Civil Veterinary Department ledger series I-VI
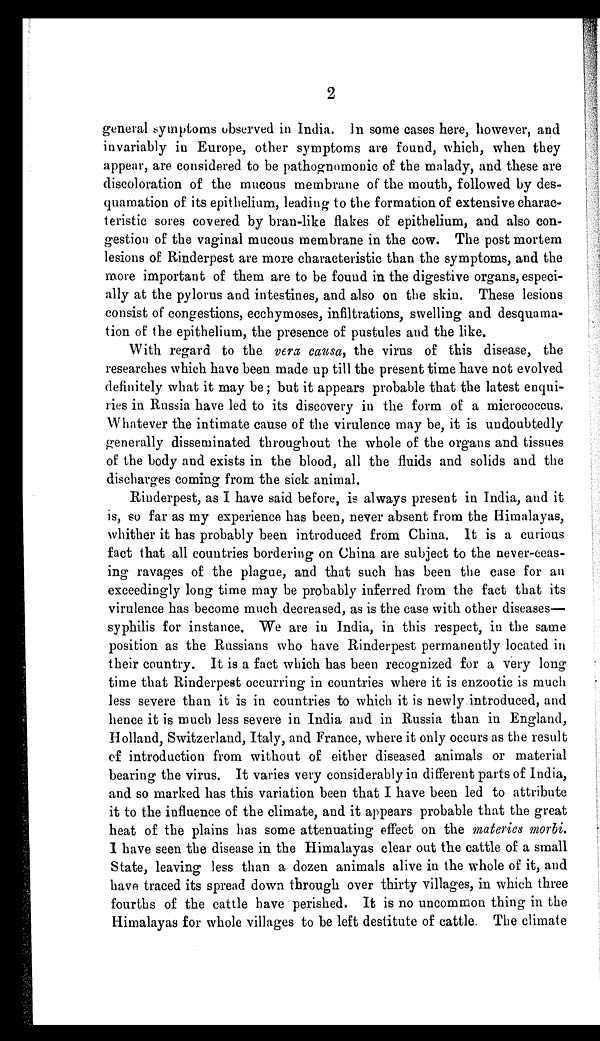
2
general symptoms observed in India. In some cases here, however, and
invariably in Europe, other symptoms are found, which, when they
appear, are considered to be pathognomonic of the malady, and these are
discoloration of the mucous membrane of the mouth, followed by des-
quamation of its epithelium, leading to the formation of extensive charac-
teristic sores covered by bran-like flakes of epithelium, and also con-
gestion of the vaginal mucous membrane in the cow. The post mortem
lesions of Rinderpest are more characteristic than the symptoms, and the
more important of them are to be found in the digestive organs, especi-
ally at the pylorus and intestines, and also on the skin. These lesions
consist of congestions, ecchymoses, infiltrations, swelling and desquama-
tion of the epithelium, the presence of pustules and the like.
With regard to the vera causa, the virus of this disease, the
researches which have been made up till the present time have not evolved
definitely what it may be; but it appears probable that the latest enqui-
ries in Russia have led to its discovery in the form of a micrococcus.
Whatever the intimate cause of the virulence may be, it is undoubtedly
generally disseminated throughout the whole of the organs and tissues
of the body and exists in the blood, all the fluids and solids and the
discharges coming from the sick animal.
Rinderpest, as I have said before, is always present in India, and it
is, so far as my experience has been, never absent from the Himalayas,
whither it has probably been introduced from China. It is a curious
fact that all countries bordering on China are subject to the never-ceas-
ing ravages of the plague, and that such has been the case for an
exceedingly long time may be probably inferred from the fact that its
virulence has become much decreased, as is the case with other diseases—
syphilis for instance. We are in India, in this respect, in the same
position as the Russians who have Rinderpest permanently located in
their country. It is a fact which has been recognized for a very long
time that Rinderpest occurring in countries where it is enzootic is much
less severe than it is in countries to which it is newly introduced, and
hence it is much less severe in India and in Russia than in England,
Holland, Switzerland, Italy, and France, where it only occurs as the result
of introduction from without of either diseased animals or material
bearing the virus. It varies very considerably in different parts of India,
and so marked has this variation been that I have been led to attribute
it to the influence of the climate, and it appears probable that the great
heat of the plains has some attenuating effect on the materies morhi.
1 have seen the disease in the Himalayas clear out the cattle of a small
State, leaving less than a dozen animals alive in the whole of it, and
have traced its spread down through over thirty villages, in which three
fourths of the cattle have perished. It is no uncommon thing in the
Himalayas for whole villages to be left destitute of cattle. The climate